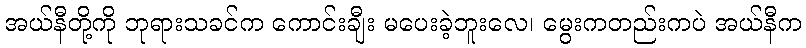
အယ်နီတို့ကို ဘုရားသခင်က ကောင်းချီး မပေးခဲ့ဘူးလေ၊ မွေးကတည်းကပဲ အယ်နီက